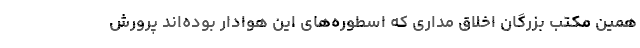
همین مکتب بزرگان اخلاق مداری که اسطوره‌های این هوادار بوده‌اند پرورش